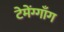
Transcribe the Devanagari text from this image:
टेमेंग्गाँग